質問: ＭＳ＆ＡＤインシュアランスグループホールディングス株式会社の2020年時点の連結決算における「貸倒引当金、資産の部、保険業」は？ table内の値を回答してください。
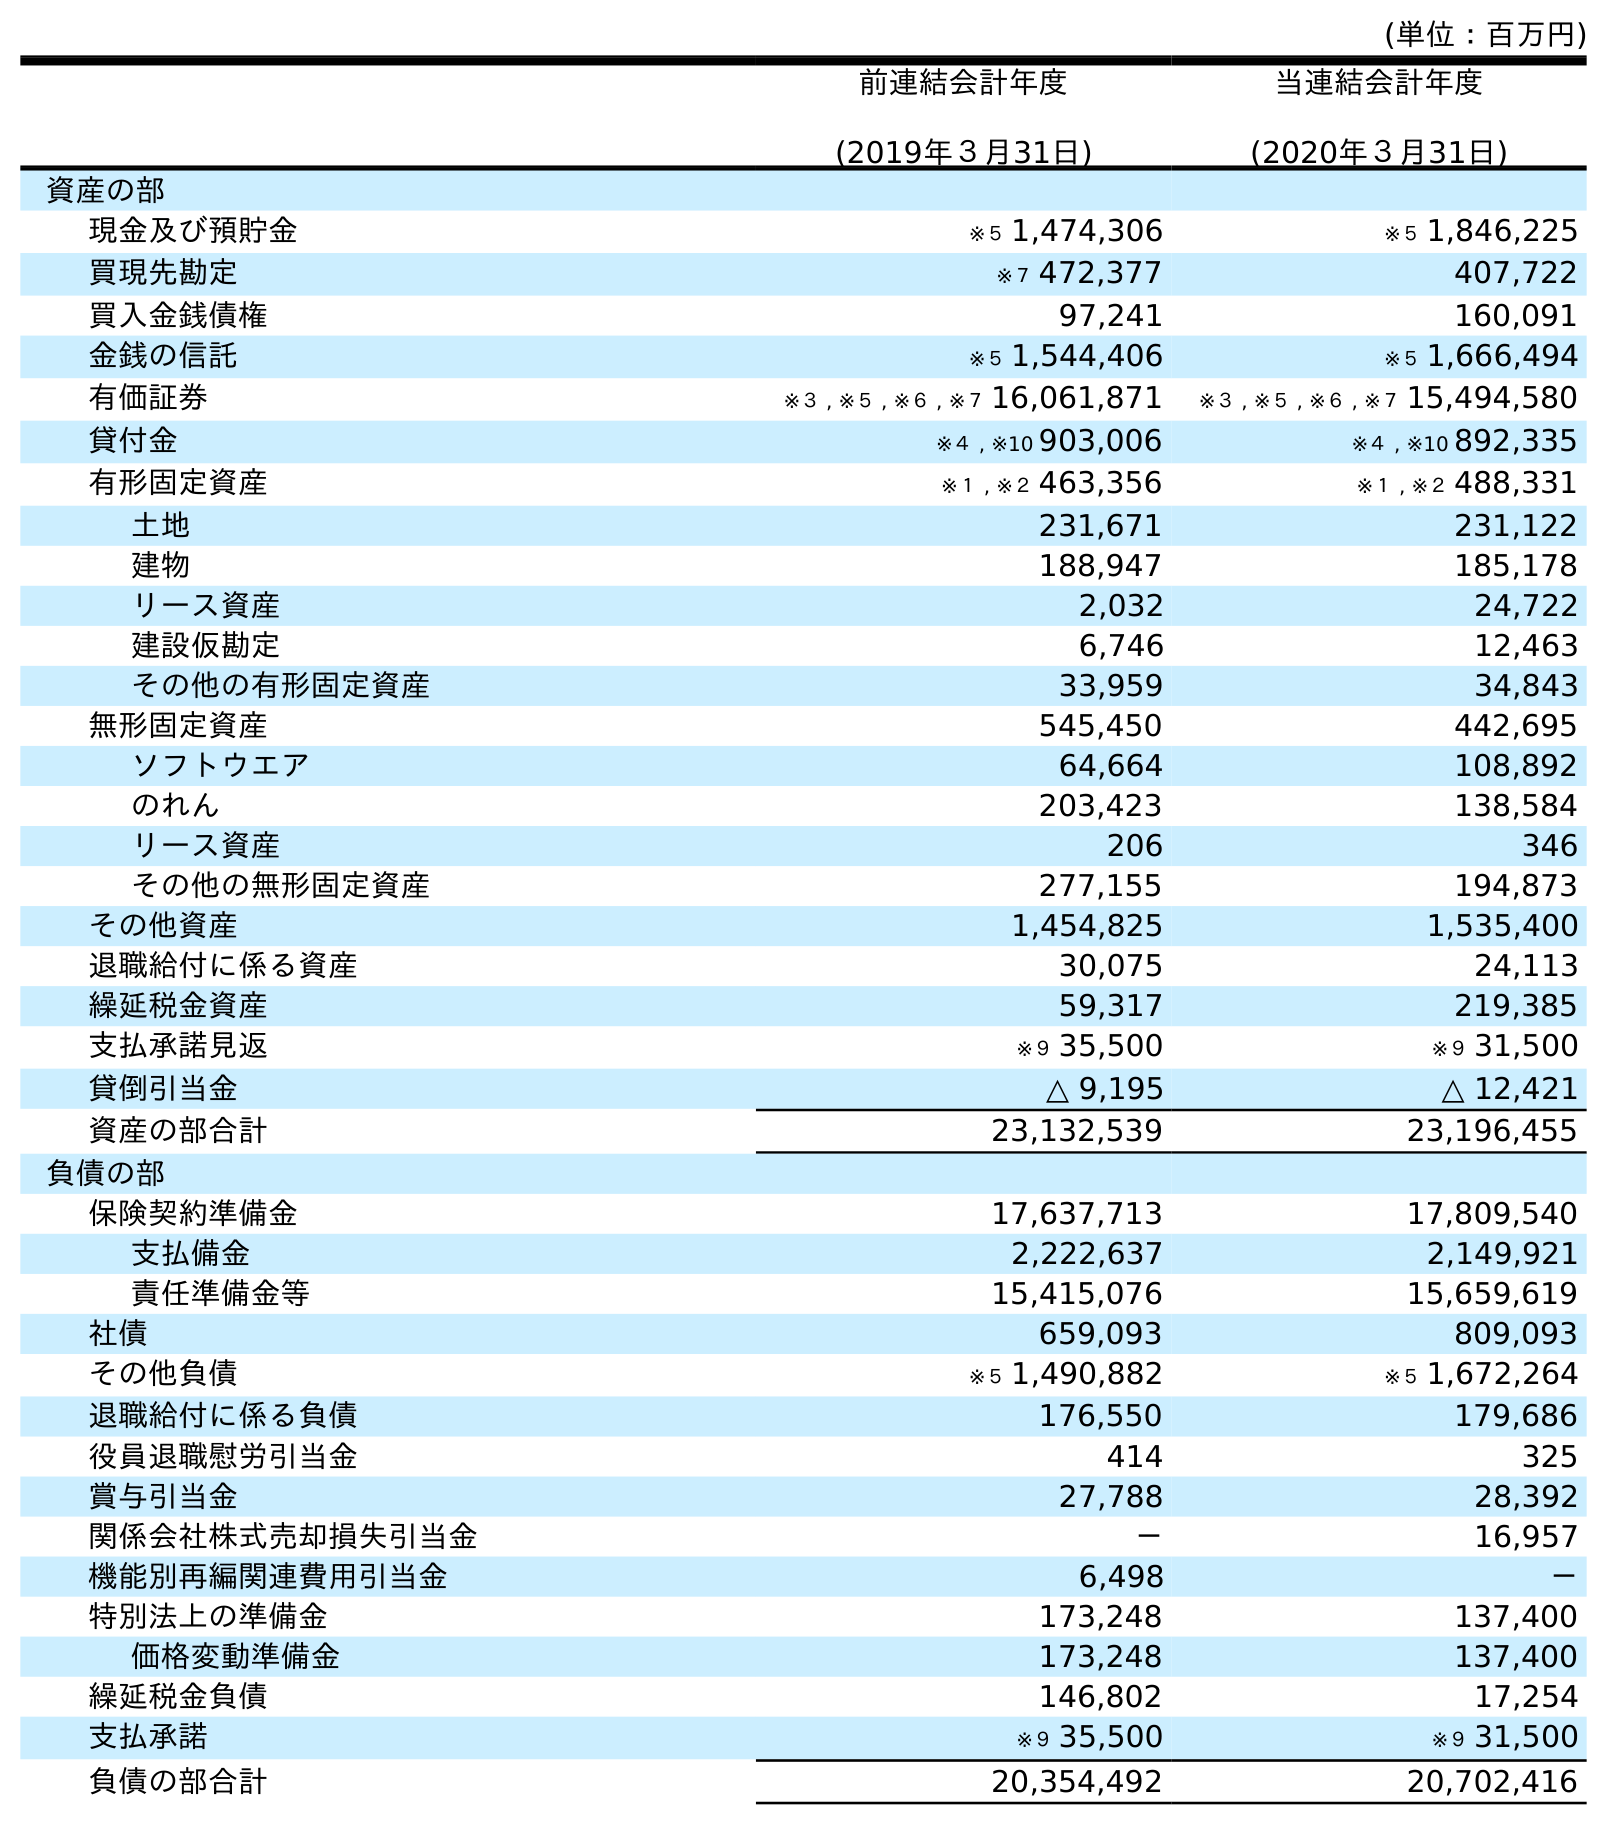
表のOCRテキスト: (単位：百万円) 前連結会計年度 (2019年３月31日) 当連結会計年度 (2020年３月31日) 資産の部 現金及び預貯金 ※５ 1,474,306 ※５ 1,846,225 買現先勘定 ※７ 472,377 407,722 買入金銭債権 97,241 160,091 金銭の信託 ※５ 1,544,406 ※５ 1,666,494 有価証券 ※３ , ※５ , ※６ , ※７ 16,061,871 ※３ , ※５ , ※６ , ※７ 15,494,580 貸付金 ※４ , ※10 903,006 ※４ , ※10 892,335 有形固定資産 ※１ , ※２ 463,356 ※１ , ※２ 488,331 土地 231,671 231,122 建物 188,947 185,178 リース資産 2,032 24,722 建設仮勘定 6,746 12,463 その他の有形固定資産 33,959 34,843 無形固定資産 545,450 442,695 ソフトウエア 64,664 108,892 のれん 203,423 138,584 リース資産 206 346 その他の無形固定資産 277,155 194,873 その他資産 1,454,825 1,535,400 退職給付に係る資産 30,075 24,113 繰延税金資産 59,317 219,385 支払承諾見返 ※９ 35,500 ※９ 31,500 貸倒引当金 △ 9,195 △ 12,421 資産の部合計 23,132,539 23,196,455 負債の部 保険契約準備金 17,637,713 17,809,540 支払備金 2,222,637 2,149,921 責任準備金等 15,415,076 15,659,619 社債 659,093 809,093 その他負債 ※５ 1,490,882 ※５ 1,672,264 退職給付に係る負債 176,550 179,686 役員退職慰労引当金 414 325 賞与引当金 27,788 28,392 関係会社株式売却損失引当金 － 16,957 機能別再編関連費用引当金 6,498 － 特別法上の準備金 173,248 137,400 価格変動準備金 173,248 137,400 繰延税金負債 146,802 17,254 支払承諾 ※９ 35,500 ※９ 31,500 負債の部合計 20,354,492 20,702,416
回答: △12,421